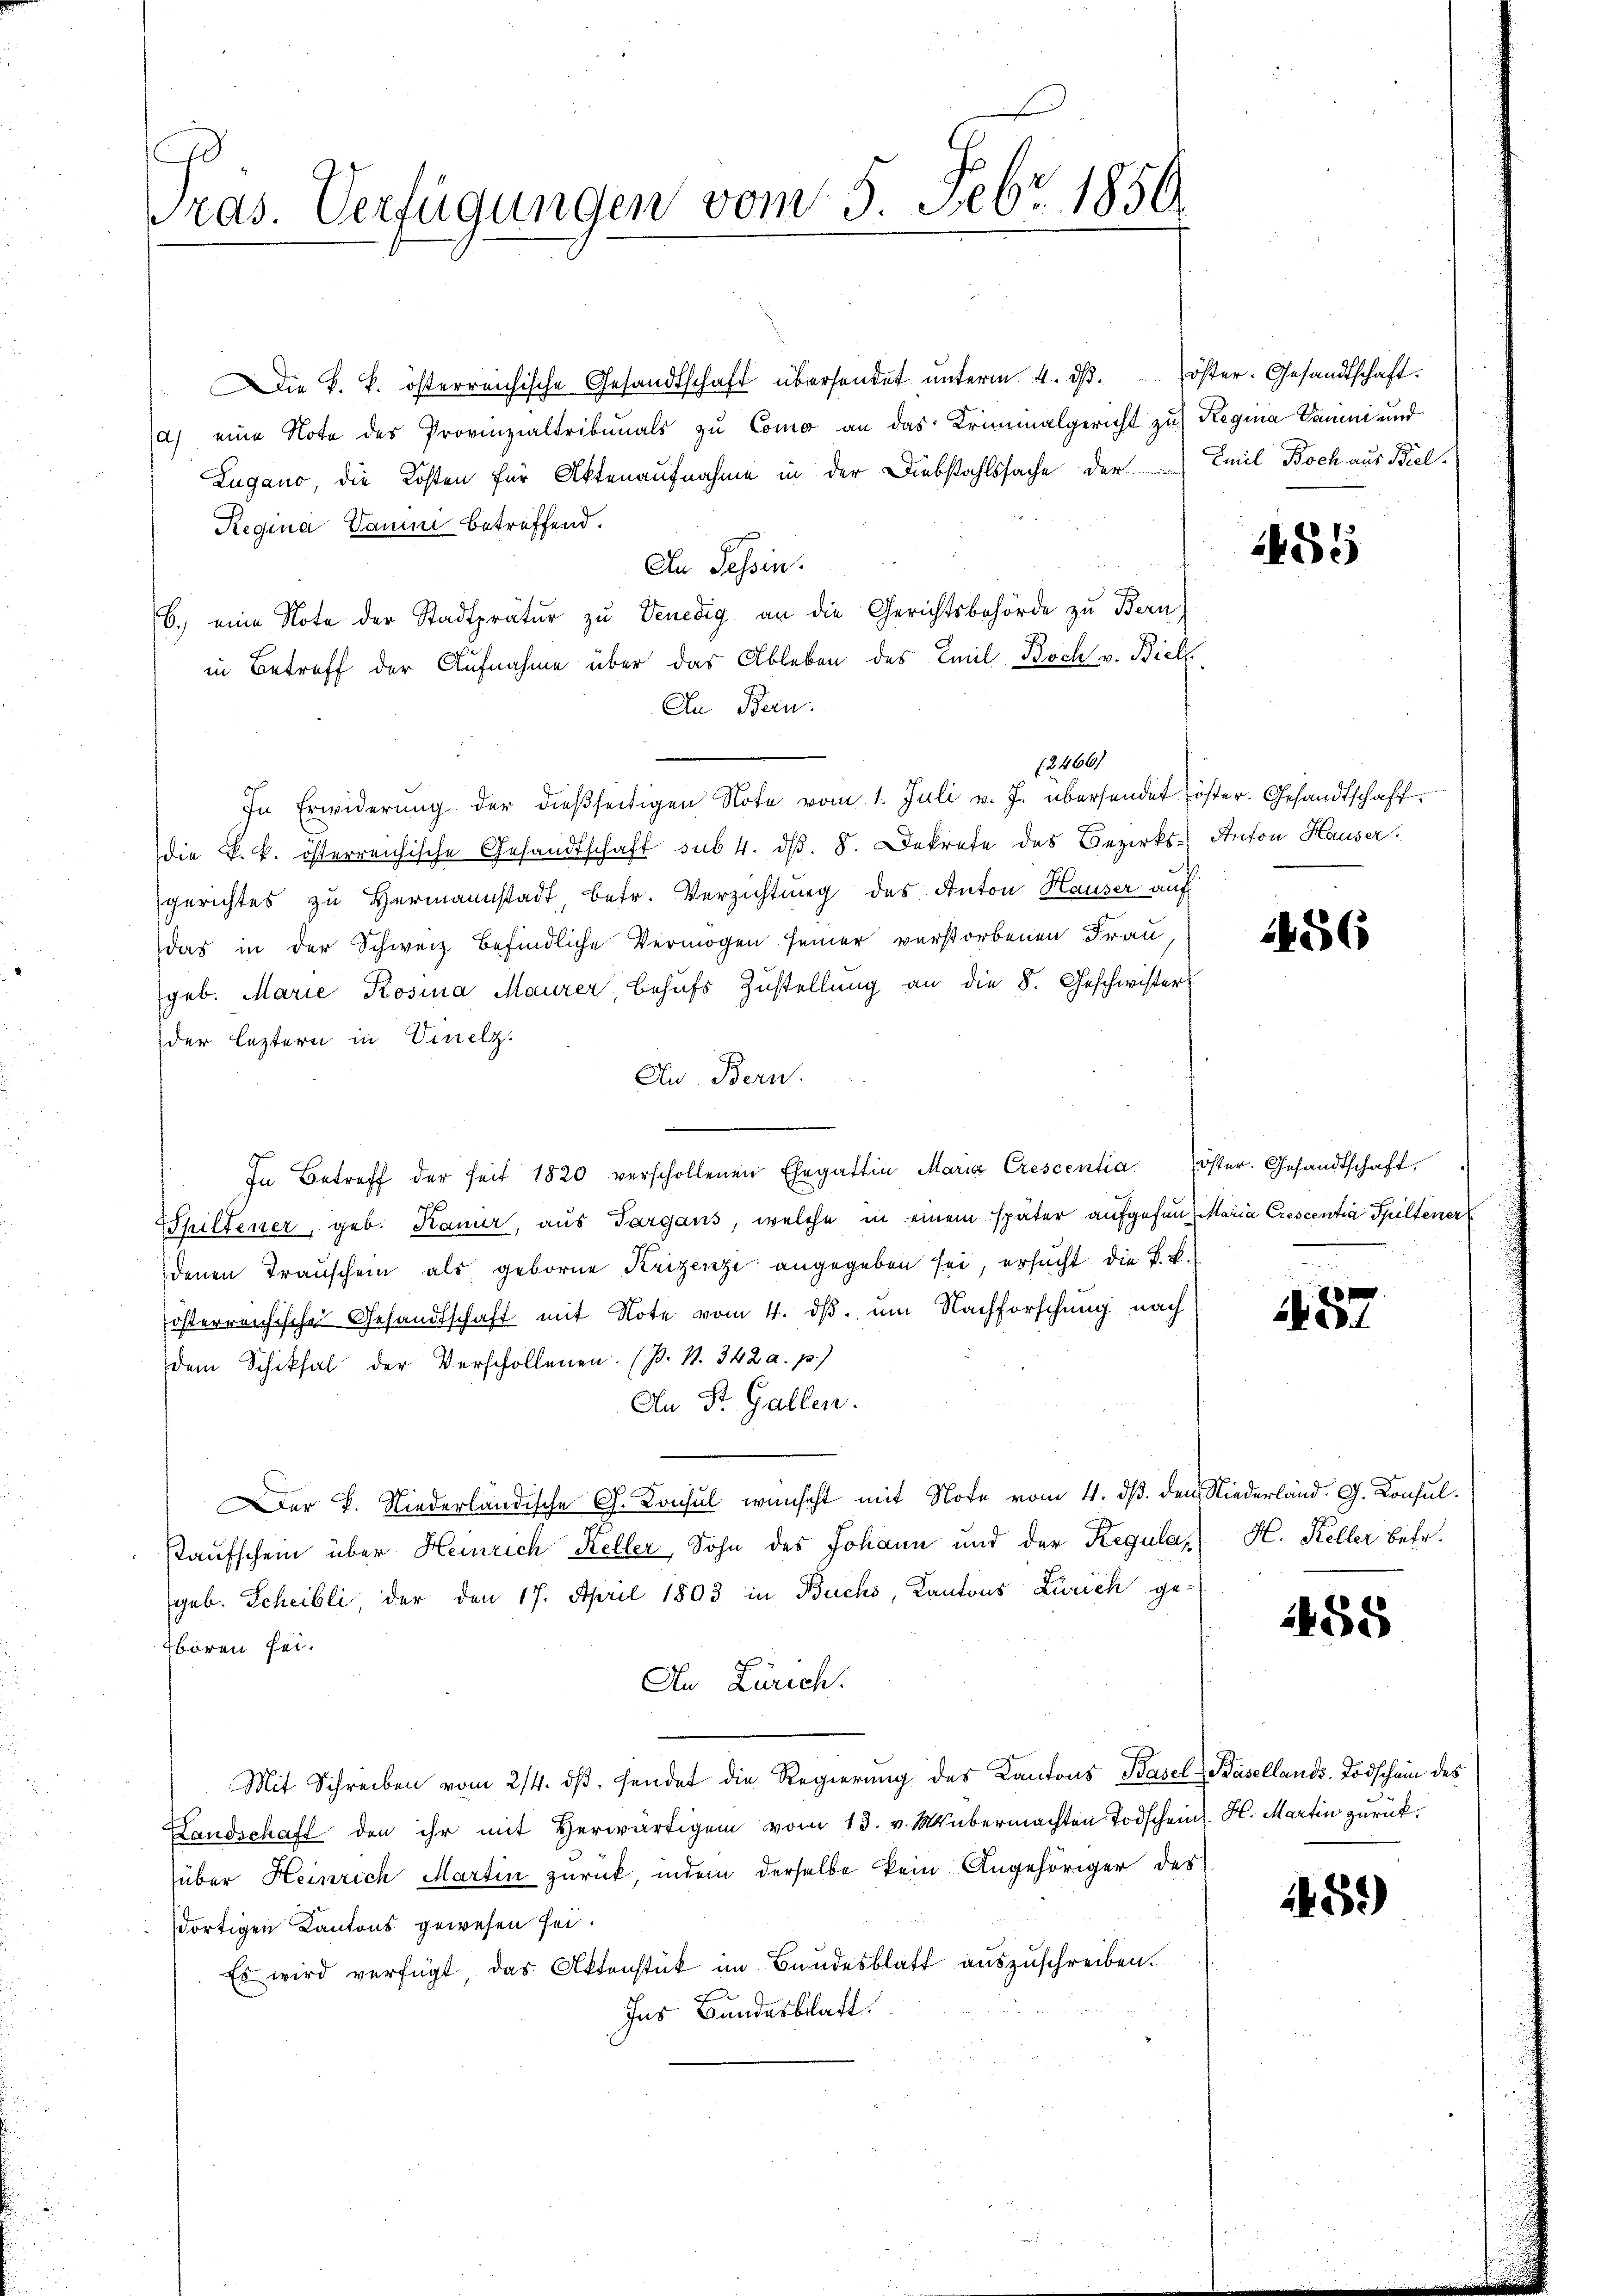
ras. Verfügungen vom 5. Febr. 1850.

Die k. k. österreichische Gesandtschaft übersendet unterm 4. dβ. öster. Gesandtschaft.
a) eine Note des Provinzialtribunals zu Como an das Kriminalgericht zur Regia Vanini und
Zugano, die Kosten für Aktenaufnahme in der Diebstahlssache der Emil Boch aus Biel-
Regina Vanini betreffend.
An Tessin.
6.) eine Note der Stadtprätur zu Venedig an die Gerichtsbehörde zu Bern
in Betreff der Aufnahme über das Ableben des Emil Boch v. Biel
In Bern.
12466)
In Erwiderŭng der dießseitigen Note vom 1. Juli v. J. übersendet öster. Gesandtschaft.
die k. k. österreichische Gesandtschaft sub 4. dβ. 8. Dekrete des Bezirks- Anton Hauser.
gerichtes zu Hermannstadt, betr. Verzichtung des Anton Hauser auf
das in der Schweiz befindliche Vermögen seiner verstorbenen Frau,
geb. Marie Kosina Maurer, behufs Zustellung an die 8. Geschwister
der leztern in Vinzelz.
An Bern.
In Betreff der seit 1820 verschollenen Ehegattin Maria Crescentia öster. Gesandtschaft.
Thiltener, geb. Kamer, aus Targaus, welche in einem später aufgefan Maria Crescentia Spiltener
denen Transchein als geborne Krizenzi angegeben sei, ersucht die F. L.
fosterreichische Gesandtschaft mit Note vom 4. ds. um Nachforschung nach
dem Schiksal der Verschollenen. (s. S. 342 a. p.)
An St. Gallen.
er K. Niederländische G. Konsul wünscht mit Note vom 4. dß. den Niederland. G. Konsul¬
Kaufschein über Heinrich Keller, Sohn des Johann und der Regular H. Keller betr.
geb. Scheibli, der den 17. April 1803 in Buchs, Kantons Zürich ge¬
Eboren sei.
An Zürich.
Mit Schreiben vom 2/4. dβ. sendet die Regierŭng des Kantons Basel, Basellands- Todschein des
Landschaft den ihr mit Herwärtigen vom 13. v. M. übermachten Todschein H. Martin zurücküber Heinrich Martin zurück, indem derselbe kein Angehöriger des
dortigen Kantons gewesen sei.
Es wird verfügt, das Aktenstück im Bundesblatt auszuschreiben.
Ins Bundesblatt.

1455

1456

487

1458

15.)